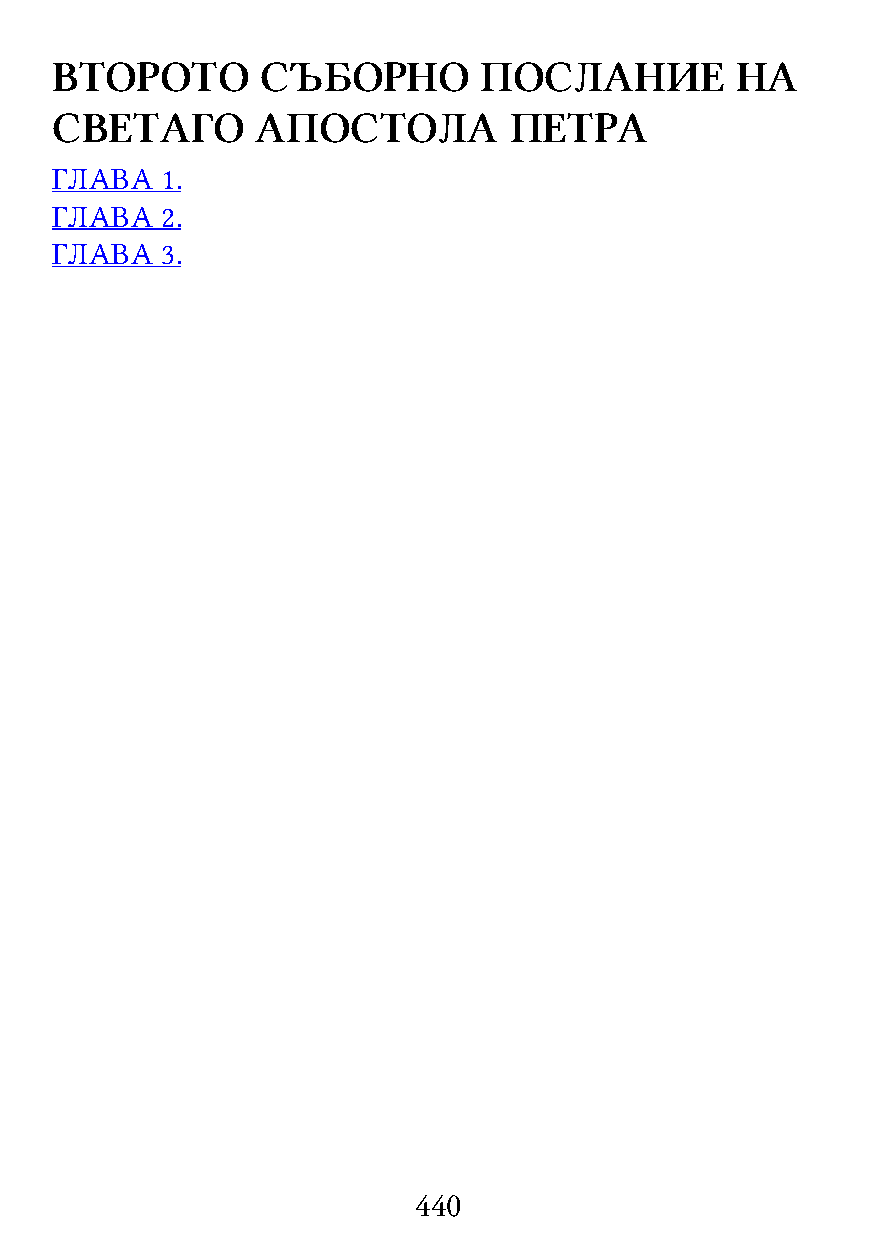
ВТОРОТО       СЪБОРНО        ПОСЛАНИЕ         НА
 СВЕТАГО       АПОСТОЛА         ПЕТРА
 ГЛАВА   1.
 ГЛАВА   2.
 ГЛАВА   3.
 440